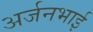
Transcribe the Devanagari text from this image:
अर्जनभाई